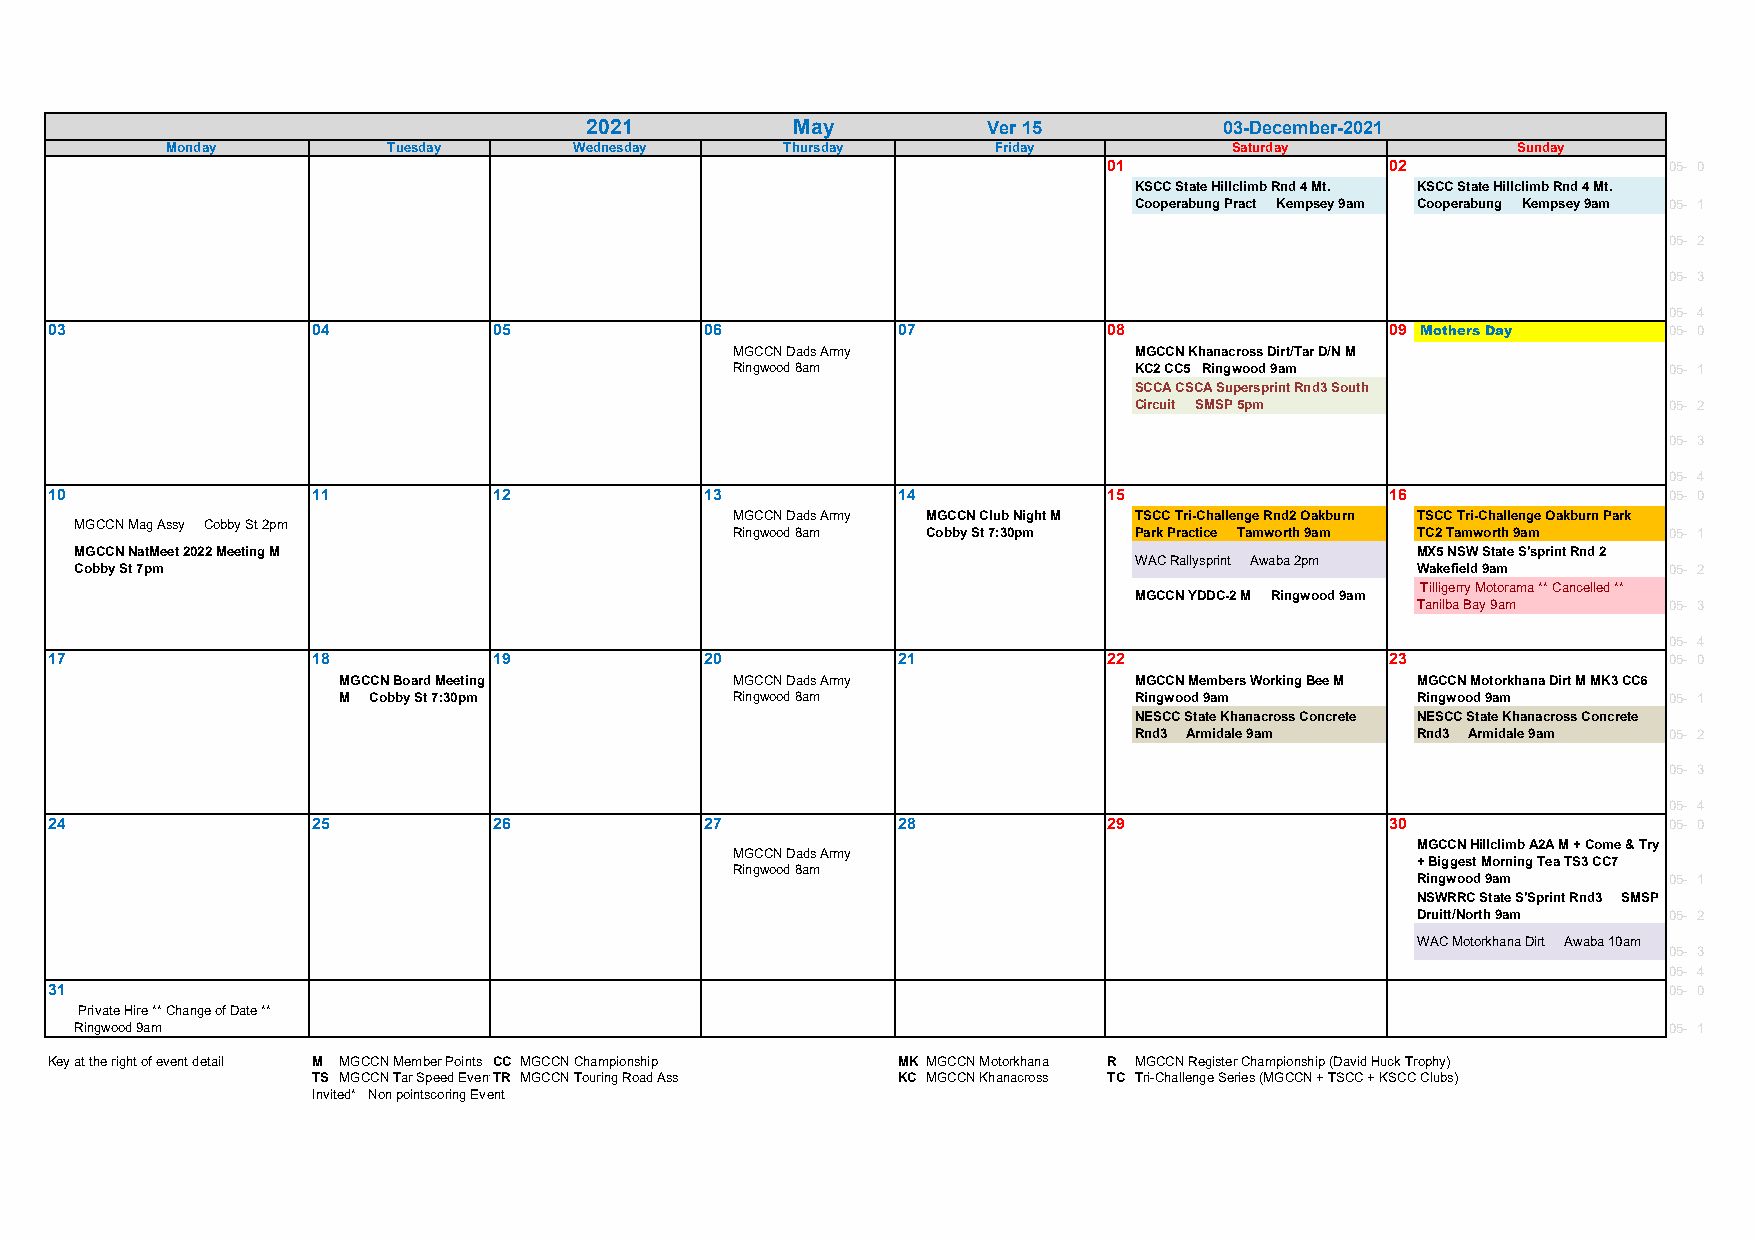
2021         May          Ver 15          03-December-2021
 Monday         Tuesday     Wednesday     Thursday      Friday          Saturday          Sunday
 01                 02                05- 0
 KSCC State Hillclimb Rnd 4 Mt. KSCC State Hillclimb Rnd 4 Mt.
 Cooperabung Pract Kempsey 9am Cooperabung Kempsey 9am 05- 1
 05- 2
 05- 3
 05- 4
 03                04          05            06          07            08                 09 Mothers Day    05- 0
 MGCCN Dads Army            MGCCN Khanacross Dirt/Tar D/N M
 Ringwood 8am               KC2 CC5 Ringwood 9am               05- 1
 SCCA CSCA Supersprint Rnd3 South
 Circuit SMSP 5pm                   05- 2
 05- 3
 05- 4
 10                11          12            13          14            15                 16                05- 0
 MGCCN Dads Army MGCCN Club Night M TSCC Tri-Challenge Rnd2 Oakburn TSCC Tri-Challenge Oakburn Park
 MGCCN Mag Assy Cobby St 2pm
 Ringwood 8am Cobby St 7:30pm Park Practice Tamworth 9am TC2 Tamworth 9am 05- 1
 MGCCN NatMeet 2022 Meeting M                                                             MX5 NSW State S'sprint Rnd 2
 WAC Rallysprint Awaba 2pm
 Cobby St 7pm                                                                             Wakefield 9am   05- 2
 Tilligerry Motorama ** Cancelled **
 MGCCN YDDC-2 M Ringwood 9am
 Tanilba Bay 9am 05- 3
 05- 4
 17                18          19            20          21            22                 23                05- 0
 MGCCN Board Meeting       MGCCN Dads Army            MGCCN Members Working Bee M MGCCN Motorkhana Dirt M MK3 CC6
 M Cobby St 7:30pm         Ringwood 8am               Ringwood 9am       Ringwood 9am    05- 1
 NESCC State Khanacross Concrete NESCC State Khanacross Concrete
 Rnd3 Armidale 9am  Rnd3 Armidale 9am 05- 2
 05- 3
 05- 4
 24                25          26            27          28            29                 30                05- 0
 MGCCN Hillclimb A2A M + Come & Try
 MGCCN Dads Army
 + Biggest Morning Tea TS3 CC7
 Ringwood 8am
 Ringwood 9am    05- 1
 NSWRRC State S'Sprint Rnd3 SMSP
 Druitt/North 9am 05- 2
 WAC Motorkhana Dirt Awaba 10am
 05- 3
 05- 4
 31                                                                                                         05- 0
 Private Hire ** Change of Date **
 Ringwood 9am                                                                                             05- 1
 Key at the right of event detail M MGCCN Member Points CC MGCCN Championship MK MGCCN Motorkhana R MGCCN Register Championship (David Huck Trophy)
 TS MGCCN Tar Speed EventTR MGCCN Touring Road Ass KC MGCCN Khanacross TC Tri-Challenge Series (MGCCN + TSCC + KSCC Clubs)
 Invited* Non pointscoring Event